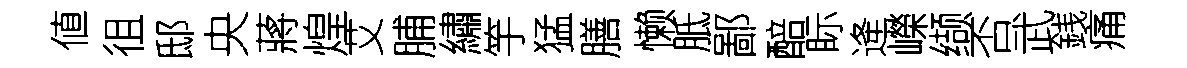
値徂邸央蔣煌艾脯繡竽猛膳懒胝鄙醅眎逄嶸缬否武銭痛